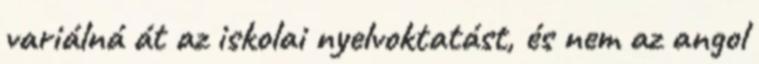
variálná át az iskolai nyelvoktatást, és nem az angol